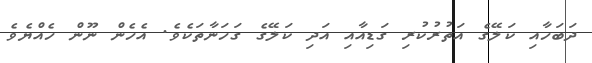
ދަބަހާއި ކަލޭގެ އަތުރުކުރި ގަޑިއާއި އަދި ކަލޭގެ ގަހަނާތަކެވެ. އެހެން ނޫން ހެއްޔެވެ